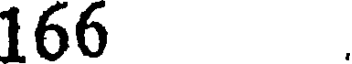
166